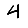
Digit: 4